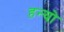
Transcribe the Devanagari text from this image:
हन्‍यो